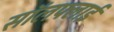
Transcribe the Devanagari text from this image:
सॉलफ्लाई